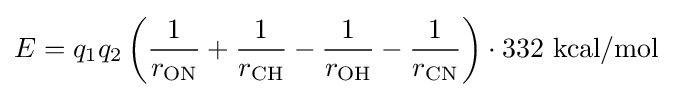
E=q_{1}q_{2}\left({\frac {1}{r_{\mathrm {ON} }}}+{\frac {1}{r_{\mathrm {CH} }}}-{\frac {1}{r_{\mathrm {OH} }}}-{\frac {1}{r_{\mathrm {CN} }}}\right)\cdot 332{\text{ kcal/mol}}